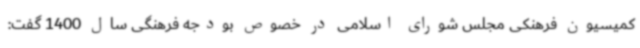
کمیسیون فرهنکی مجلس شورای اسلامی در خصوص بودجه فرهنگی سال 1400 گفت: